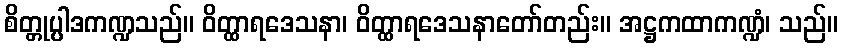
စိတ္တုပ္ပါဒကဏ္ဍသည်။ ဝိတ္ထာရဒေသနာ၊ ဝိတ္ထာရဒေသနာတော်တည်း။ အဋ္ဌကထာကဏ္ဍံ၊ သည်။